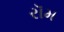
રૉમ